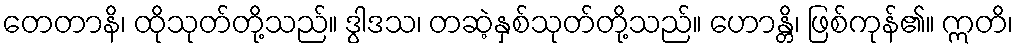
တေတာနိ၊ ထိုသုတ်တို့သည်။ ဒွါဒသ၊ တဆဲ့နှစ်သုတ်တို့သည်။ ဟောန္တိ၊ ဖြစ်ကုန်၏။ ဣတိ၊